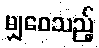
မျှဝေသည့်